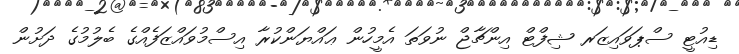
ޑިއުޓީ ސްޕަވައިޒަރ ޝިފްޓް އިންޗާޖް ނުވަތަ އެމީހުން ޢައްޔަންކުރާ އިސްމުވައްޒަފެއްގެ ބެލުމުގެ ދަށުން